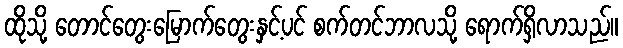
ထိုသို့ တောင်တွေးမြောက်တွေးနှင့်ပင် စက်တင်ဘာလသို့ ရောက်ရှိလာသည်။